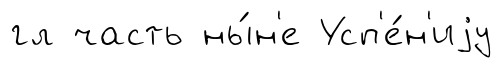
гл часть ны́н'е Усп'е́н'иjу